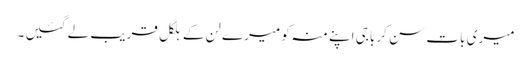
میری بات سن کر باجی اپنے منہ کو میرے لن کے بلکل قریب لے گئیں ۔